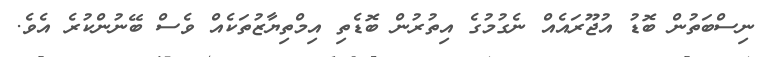
ނިސްބަތުން ބޮޑު އުޖޫރައެއް ނެގުމުގެ އިތުރުން ބޮޑެތި އިމްތިޔާޒުތަކެއް ވެސް ބޭނުންކުރެ އެވެ.